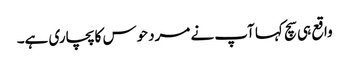
واقع ہی سچ کہا آپ نے مردحوس کا پچاری ہے۔